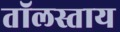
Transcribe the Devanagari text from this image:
तॉलस्ताय